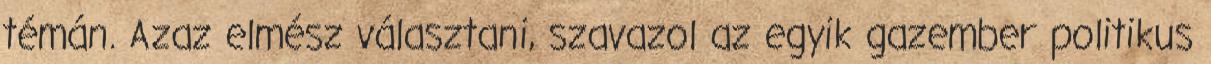
témán. Azaz elmész választani, szavazol az egyik gazember politikus